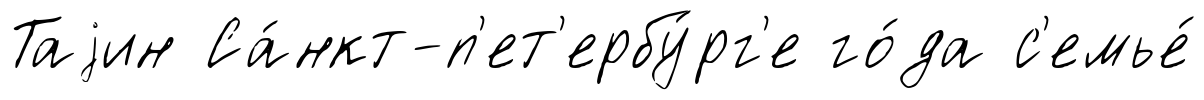
Таjин Са́нкт-п'ет'ербу́рг'е го́да с'емье́